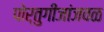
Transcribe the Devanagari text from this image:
पोर्तुगीजांजवळ